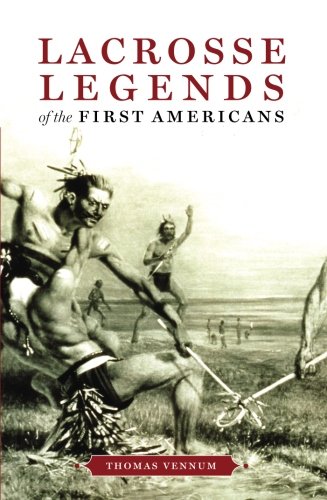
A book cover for Lacrosse Legends of the First Americans; Thomas Vennum; Literature & Fiction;